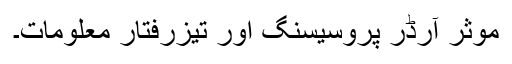
موثر آرڈر پروسیسنگ اور تیزرفتار معلومات۔